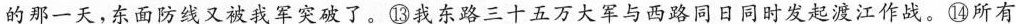
的那一天，东面防线又被我军突破了。⑧我东路三十五万大军与西路同日同时发起渡江作战。⑭所有